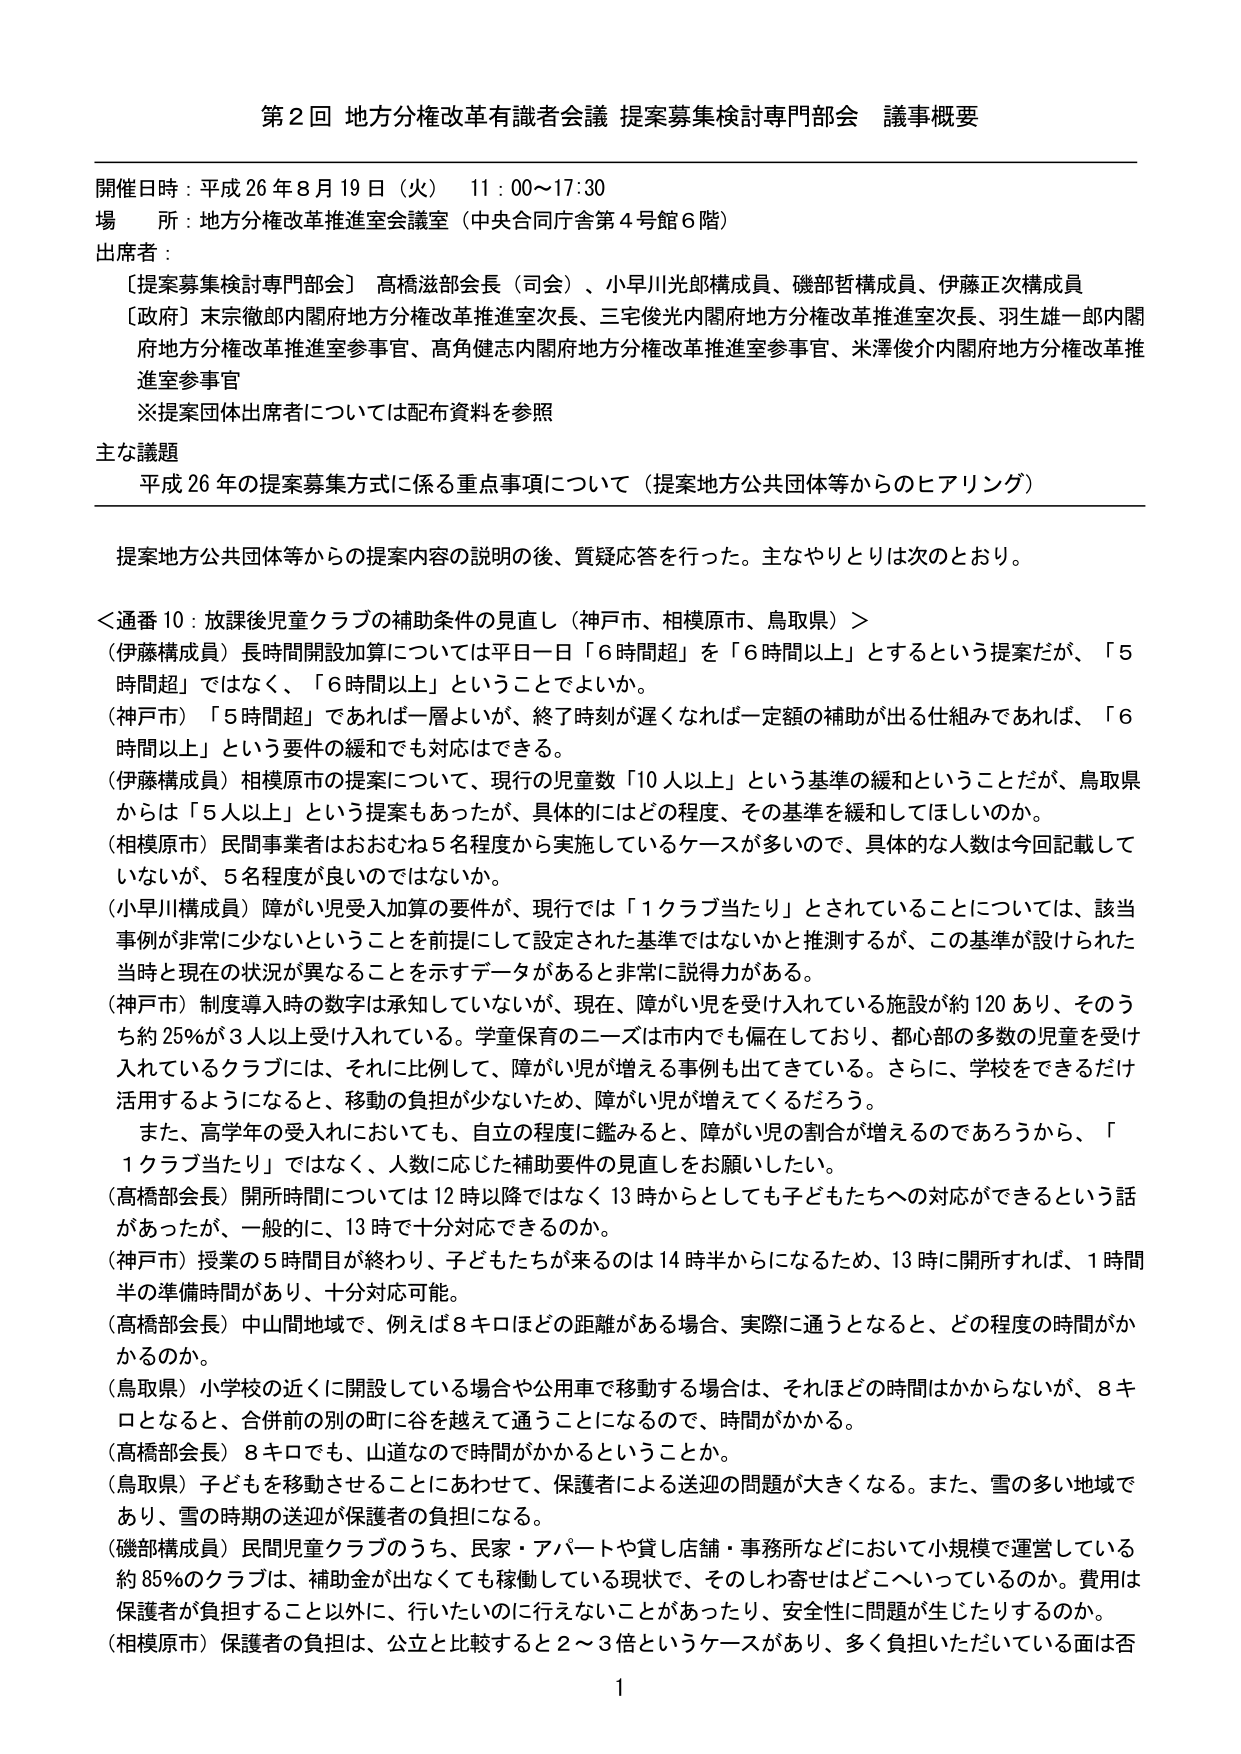
第２回 地方分権改革有識者会議 提案募集検討専門部会 議事概要

開催日時：平成26年8月19日（火） 11：00～17：30
場 所：地方分権改革推進室会議室（中央合同庁舎第4号館6階）
出席者：
　［提案募集検討専門部会］ 高橋滋部会長（司会）、小早川光郎構成員、磯部哲構成員、伊藤正次構成員
　［政府］末宗徹郎内閣府地方分権改革推進室次長、三宅俊光内閣府地方分権改革推進室次長、羽生雄一郎内閣府地方分権改革推進室参事官、高角健志内閣府地方分権改革推進室参事官、米澤俊介内閣府地方分権改革推進室参事官
　※提案団体出席者については配布資料を参照

主な議題
　平成26年の提案募集方式に係る重点事項について（提案地方公共団体等からのヒアリング）

提案地方公共団体等からの提案内容の説明の後、質疑応答を行った。主なやりとりは次のとおり。

＜通番10：放課後児童クラブの補助条件の見直し（神戸市、相模原市、鳥取県）＞
（伊藤構成員）長時間開設加算については平日一日「6時間超」を「6時間以上」とするという提案だが、「5時間超」ではなく、「6時間以上」ということでよいか。
（神戸市）「5時間超」であれば一層よいが、終了時刻が遅くなれば一定額の補助が出る仕組みであれば、「6時間以上」という要件の緩和でも対応はできる。
（伊藤構成員）相模原市の提案について、現行の児童数「10人以上」という基準の緩和ということだが、鳥取県からは「5人以上」という提案もあったが、具体的にはどの程度、その基準を緩和してほしいのか。
（相模原市）民間事業者はおおむね5名程度から実施しているケースが多いので、具体的な人数は今回記載していないが、5名程度が良いのではないか。
（小早川構成員）障がい児受入加算の要件が、現行では「1クラブ当たり」とされていることについては、該当事例が非常に少ないということを前提にして設定された基準ではないかと推測するが、この基準が設けられた当時と現在の状況が異なることを示すデータがあると非常に説得力がある。
（神戸市）制度導入時の数字は承知していないが、現在、障がい児を受け入れている施設が約120あり、そのうち約25％が3人以上受け入れている。学童保育のニーズは市内でも数存在しており、都心部の多数の児童を受け入れているクラブには、それに比例して、障がい児が増える事例も出てきている。さらに、学校をできるだけ活用するようになると、移動の負担が少ないため、障がい児が増えてくるだろう。
　また、高学年の受入れにおいても、自立の程度に鑑みると、障がい児の割合が増えるのであろうから、「1クラブ当たり」ではなく、人数に応じた補助要件の見直しをお願いしたい。
（高橋部会長）開所時間については12時以降ではなく13時からとしても子どもたちへの対応ができるという話があったが、一般的に、13時で十分対応できるのか。
（神戸市）授業の5時間目が終わり、子どもたちが来るのは14時半からになるため、13時に開所すれば、1時間半の準備時間があり、十分対応可能。
（高橋部会長）中山間地域で、例えば8キロほどの距離がある場合、実際に通うとなると、どの程度の時間がかかるのか。
（鳥取県）小学校の近くに開設している場合や公用車で移動する場合は、それほどの時間はかからないが、8キロとなると、合併前の別の町に谷を越えて通うことになるので、時間がかかる。
（高橋部会長）8キロでも、山道なので時間がかかるということか。
（鳥取県）子どもを移動させることにあわせて、保護者による送迎の問題が大きくなる。また、雪の多い地域であり、雪の時期の送迎が保護者の負担になる。
（磯部構成員）民間児童クラブのうち、民家・アパートや貸し店舗・事務所などにおいて小規模で運営している約85％のクラブは、補助金が出なくても稼働している現状で、そのしわ寄せはどこへいっているのか。費用は保護者が負担すること以外に、行いたいのに行えないことがあったり、安全性に問題が生じたりするのか。
（相模原市）保護者の負担は、公立と比較すると2～3倍というケースがあり、多く負担いただいている面は否

1